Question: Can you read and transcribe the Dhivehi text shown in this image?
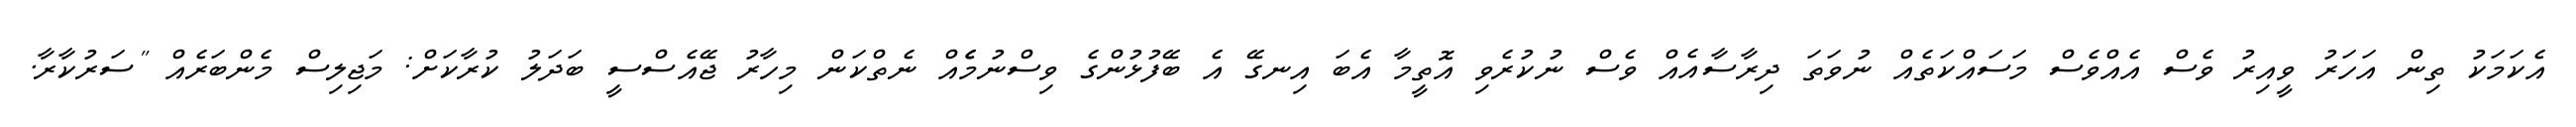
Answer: އެކަމަކު ތިން އަހަރު ވީއިރު ވެސް އެއްވެސް މަސައްކަތެއް ނުވަތަ ދިރާސާއެއް ވެސް ނުކުރެވި އޮތީމާ އެބަ އިނގޭ އެ ބޭފުޅުންގެ ވިސްނުމެެއް ނެތްކަން މިހާރު ޖޭއެސްސީ ބަދަލު ކުރާކަށް: މަޖިލިސް މެންބަރެއް "ސަރުކާރާ.